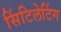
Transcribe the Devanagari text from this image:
सिंटिलेटिंग